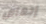
إجهاض